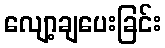
လျော့ချပေးခြင်း